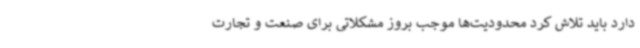
دارد باید تلاش کرد محدودیت‌ها موجب بروز مشکلاتی برای صنعت و تجارت